65_HS1-834228961_62-HQ-83894_Section_8
Agency: FBI
Page 154
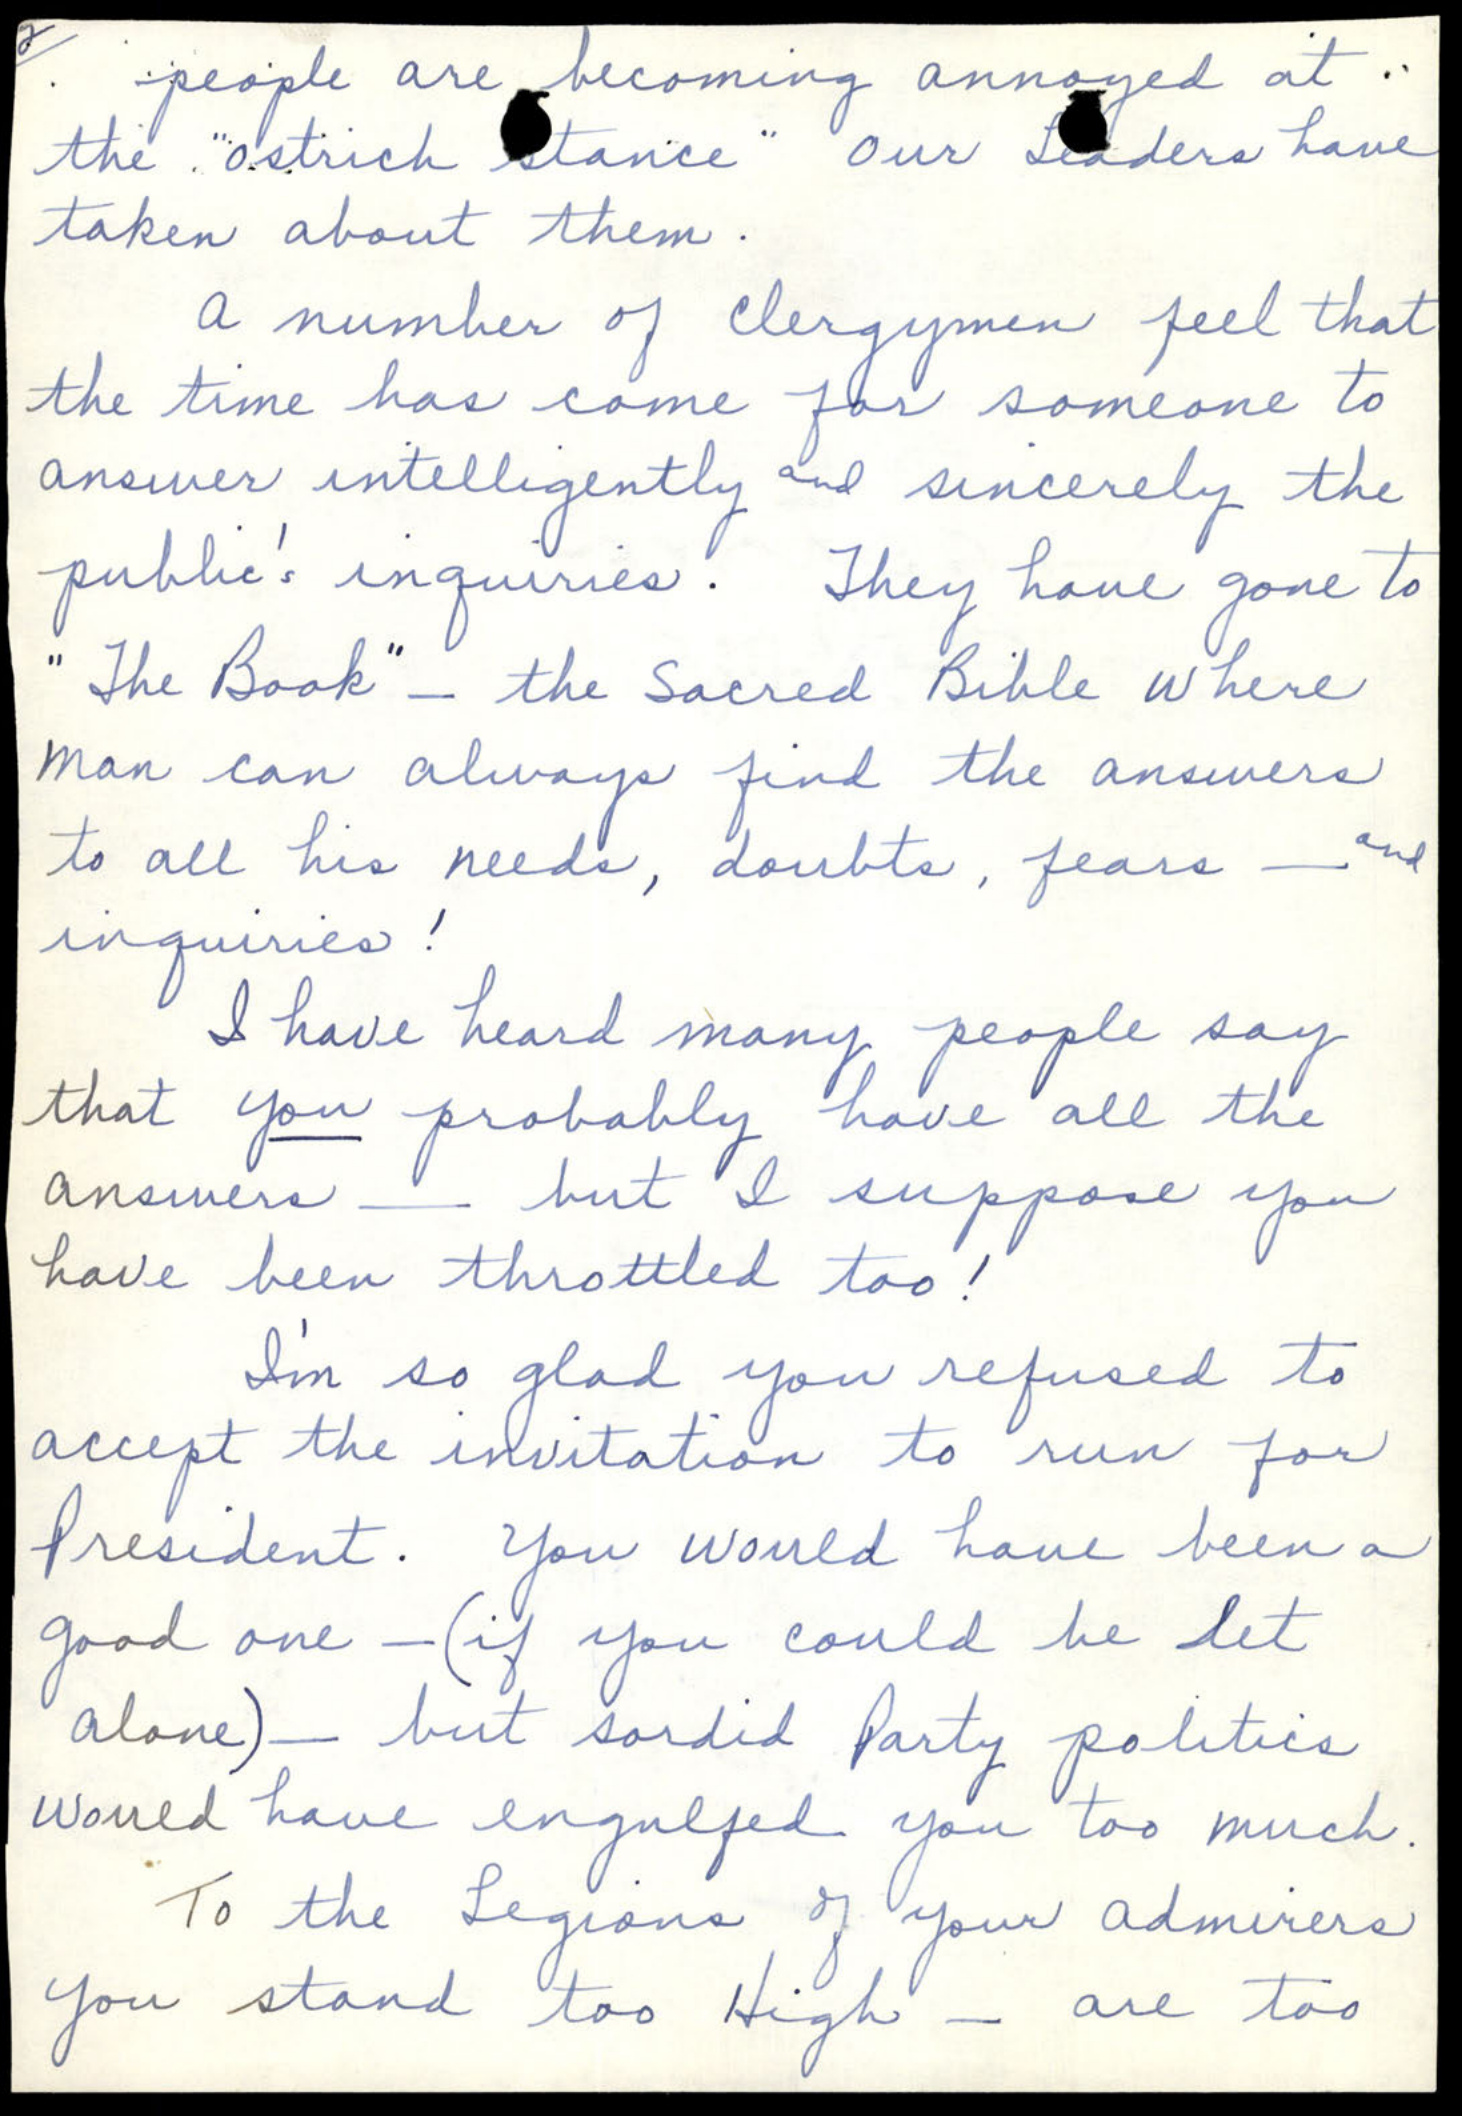